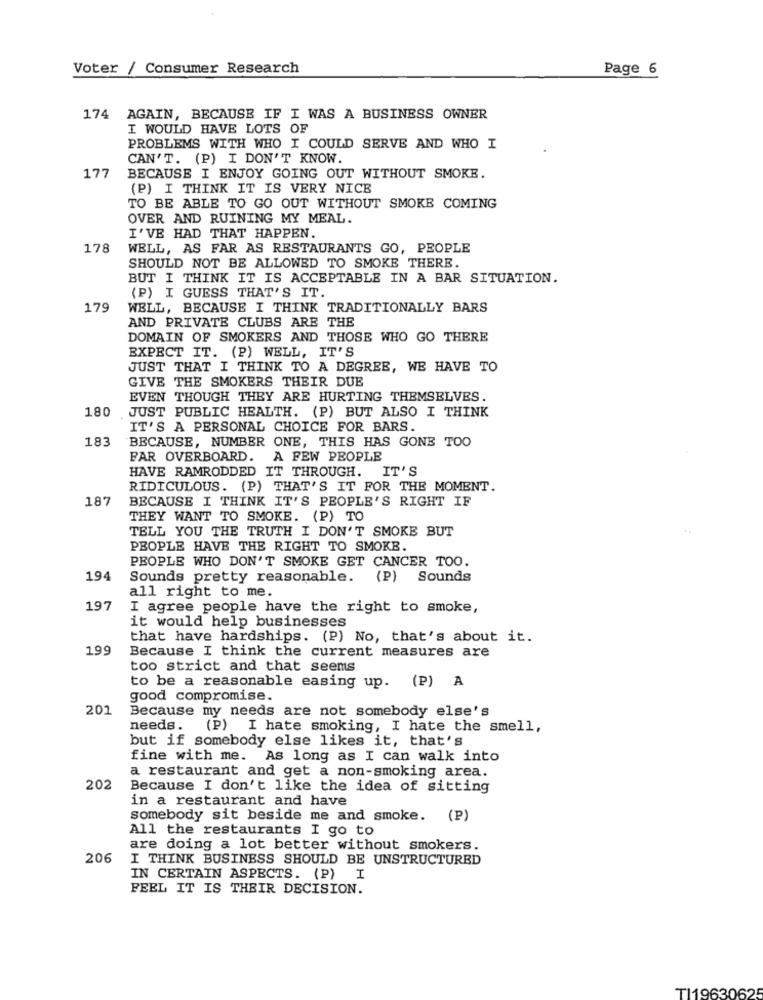
Voter / Consumer Research
Page 6
174 AGAIN, BECAUSE IF I WAS A BUSINESS OWNER
I WOULD HAVE LOTS OF
PROBLEMS WITH WHO I COULD SERVE AND WHO I
CAN'T. (P) I DON'T KNOW.
177
BECAUSE I ENJOY GOING OUT WITHOUT SMOKE.
(P) I THINK IT IS VERY NICE
TO BE ABLE TO GO OUT WITHOUT SMOKE COMING
OVER AND RUINING MY MEAL.
I'VE HAD THAT HAPPEN.
178
WELL, AS FAR AS RESTAURANTS GO, PEOPLE
SHOULD NOT BE ALLOWED TO SMOKE THERE.
BUT I THINK IT IS ACCEPTABLE IN A BAR SITUATION.
(P) I GUESS THAT'S IT.
179
WELL, BECAUSE I THINK TRADITIONALLY BARS
AND PRIVATE CLUBS ARE THE
DOMAIN OF SMOKERS AND THOSE WHO GO THERE
EXPECT IT. (P) WELL, IT'S
JUST THAT I THINK TO A DEGREE, WE HAVE TO
GIVE THE SMOKERS THEIR DUE
EVEN THOUGH THEY ARE HURTING THEMSELVES.
180
JUST PUBLIC HEALTH. (P) BUT ALSO I THINK
IT'S A PERSONAL CHOICE FOR BARS.
183
BECAUSE, NUMBER ONE, THIS HAS GONE TOO
FAR OVERBOARD.
A FEW PEOPLE
HAVE RAMRODDED IT THROUGH. IT'S
RIDICULOUS. (P) THAT'S IT FOR THE MOMENT.
187
BECAUSE I THINK IT'S PEOPLE'S RIGHT IF
THEY WANT TO SMOKE. (P) TO
TELL YOU THE TRUTH I DON'T SMOKE BUT
PEOPLE HAVE THE RIGHT TO SMOKE.
PEOPLE WHO DON'T SMOKE GET CANCER TOO.
194
Sounds pretty reasonable.
(P)
Sounds
all right to me.
197
I agree people have the right to smoke,
it would help businesses
that have hardships. (P) No, that's about it.
199
Because I think the current measures are
too strict and that seems
to be a reasonable easing up. (P) A
good compromise.
201
Because my needs are not somebody else's
needs. (P) I hate smoking, I hate the smell,
but if somebody else likes it, that's
fine with me. As long as I can walk into
a restaurant and get a non-smoking area.
202
Because I don't like the idea of sitting
in a restaurant and have
somebody sit beside me and smoke. (P)
All the restaurants I go to
are doing a lot better without smokers.
206
I THINK BUSINESS SHOULD BE UNSTRUCTURED
IN CERTAIN ASPECTS. (P) I
FEEL IT IS THEIR DECISION.
TI19630625